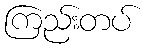
ကြည်းတပ်